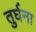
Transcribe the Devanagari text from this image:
तुर्घना